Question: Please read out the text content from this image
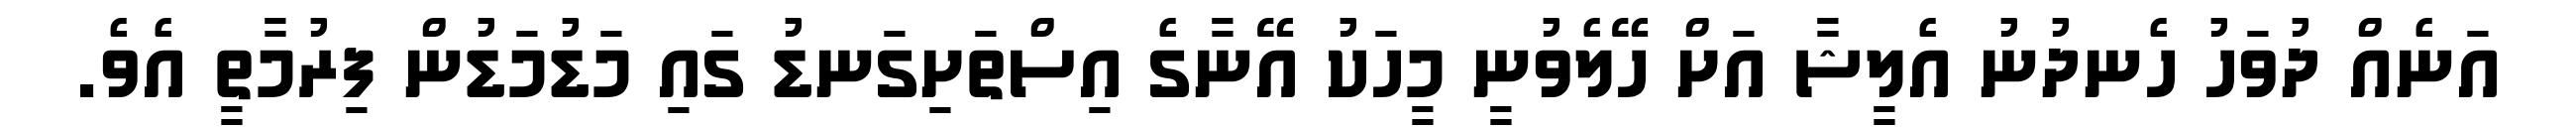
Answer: އަނެއް ދުވަހު ހެނދުނު އެލީޝާ އަށް ހޭލެވުނީ މީހަކު އޭނާގެ އިސްތަށިގަނޑު ގައި މަޑުމަޑުން ފިރުމާތީ އެވެ.